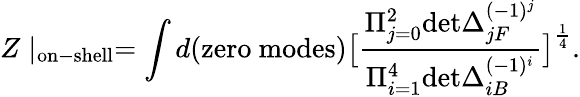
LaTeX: Z\mid_{\mathrm{on-shell}}=\int d(\mathrm{zero~modes})\big[{\frac{\Pi_{j=0}^{2}\mathrm{det}\Delta_{jF}^{(-1)^{j}}}{\Pi_{i=1}^{4}\mathrm{det}\Delta_{iB}^{(-1)^{i}}}}\big]^{\frac{1}{4}}.